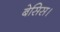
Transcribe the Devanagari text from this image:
बेसिस।